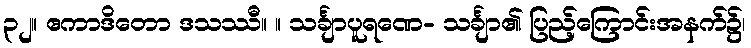
၃၂။ ဧကာဒိတော ဒသဿီ။ ။ သင်္ချာပူရဏေ- သင်္ချာ၏ ပြည့်ကြောင်းအနက်၌၊